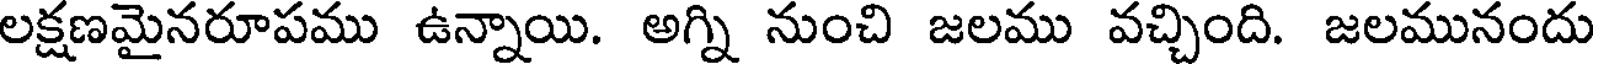
లక్షణమైనరూపము ఉన్నాయి. అగ్ని నుంచి జలము వచ్చింది. జలమునందు